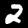
Label: 2